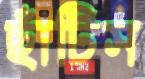
ছাঁটিস